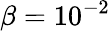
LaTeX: \beta=10^{-2}